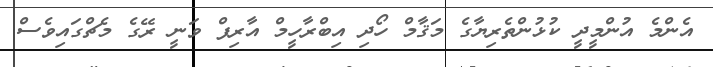
އެންމެ އުންމީދީ ކުޅުންތެރިޔާގެ މަޤާމް ހޯދި އިބްރާހީމް އާރިފް ވަނީ ރޭގެ މެޗްގައިވެސް